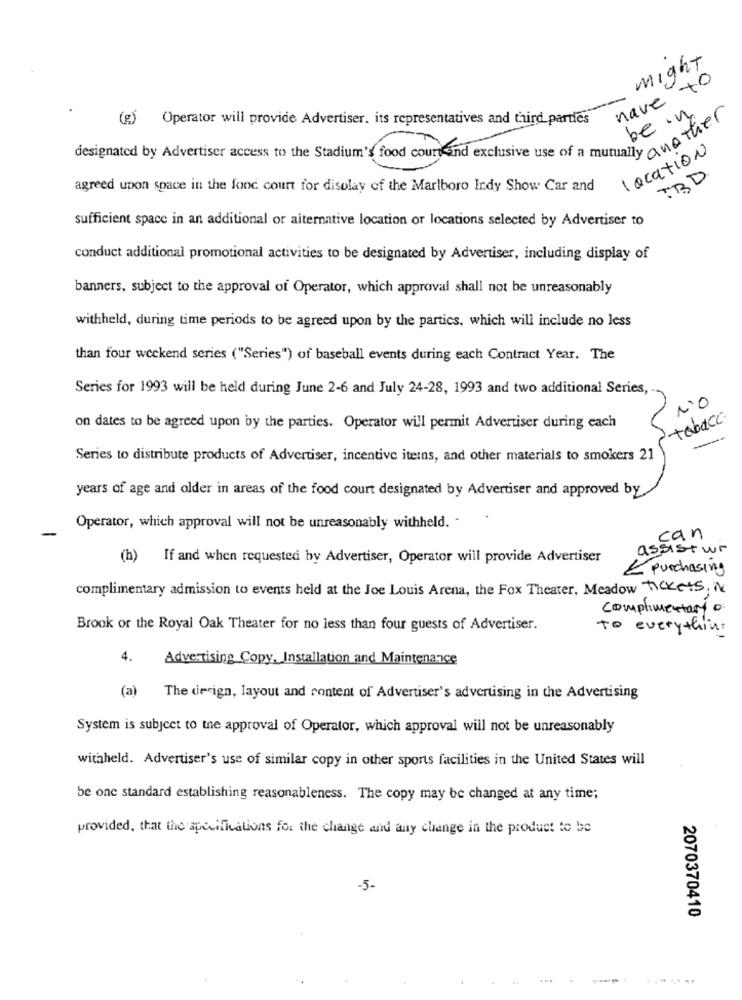
might
have to
be in
(g) Operator will provide Advertiser. its representatives and third parties
n
designated by Advertiser access to the Stadium's food court and exclusive use of a muninthe
location
TBD
agreed upon space in the food court for display of the Marlboro Indy Show Car and
sufficient space in an additional or alternative location or locations selected by Advertiser to
conduct additional promotional activities to be designated by Advertiser, including display of
banners, subject to the approval of Operator, which approval shall not be unreasonably
withheld, during time periods to be agreed upon by the partics, which will include no less
than four weekend series ("Series") of baseball events during each Contract Year. The
Series for 1993 will be held during June 2-6 and July 24-28, 1993 and two additional Series,
tobacc
on dates to be agreed upon by the parties. Operator will permit Advertiser during each
Series to distribute products of Advertiser, incentive iteins, and other materials to smokers 21
years of age and older in areas of the food court designated by Advertiser and approved by
-
Operator, which approval will not be unreasonably withheld.
can
assistur
(h) If and when requested by Advertiser, Operator will provide Advertiser
< purchasing
complimentary admission to events held at the Joe Louis Arena, the Fox Theater, Meadow Tickets, iN
complimentary D
Brook or the Royal Oak Theater for no less than four guests of Advertiser.
to everything
4.
Advertising Copy, Installation and Maintenance
(a) The derign, layout and content of Advertiser's advertising in the Advertising
System is subject to the approval of Operator, which approval will not be unreasonably
withheld. Advertiser's use of similar copy in other sports facilities in the United States will
be one standard establishing reasonableness. The copy may be changed at any time;
provided, that the specifications for the change and any change in the product to be
-5-
2070370410